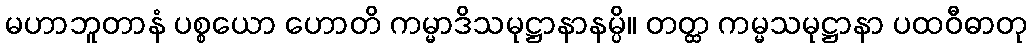
မဟာဘူတာနံ ပစ္စယော ဟောတိ ကမ္မာဒိသမုဋ္ဌာနာနမ္ပိ။ တတ္ထ ကမ္မသမုဋ္ဌာနာ ပထဝီဓာတု